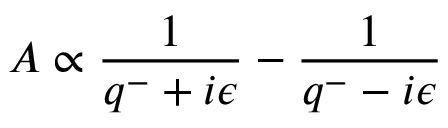
{ \cal A } \propto { \frac { 1 } { q ^ { - } + i \epsilon } } - { \frac { 1 } { q ^ { - } - i \epsilon } }